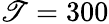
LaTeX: \mathscr{T}=300